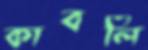
কাবলি